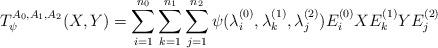
LaTeX: \begin{align*}T_\psi^{A_0,A_1,A_2}(X,Y)=\sum_{i=1}^{n_0} \sum_{k=1}^{n_1}\sum_{j=1}^{n_2}\psi(\lambda_i^{(0)},\lambda_k^{(1)},\lambda_j^{(2)})E^{(0)}_i X E^{(1)}_kY E^{(2)}_j\end{align*}